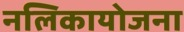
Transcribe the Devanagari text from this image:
नलिकायोजना